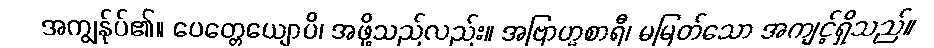
အကျွန်ုပ်၏။ ပေတ္တေယျောပိ၊ အဖို့သည်လည်း။ အဗြာဟ္မစာရီ၊ မမြတ်သော အကျင့်ရှိသည်။